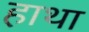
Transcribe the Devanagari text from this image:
हाथा